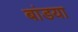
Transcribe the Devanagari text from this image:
बांडया